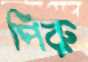
পিরু